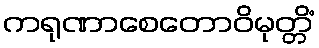
ကရုဏာစေတောဝိမုတ္တိံ